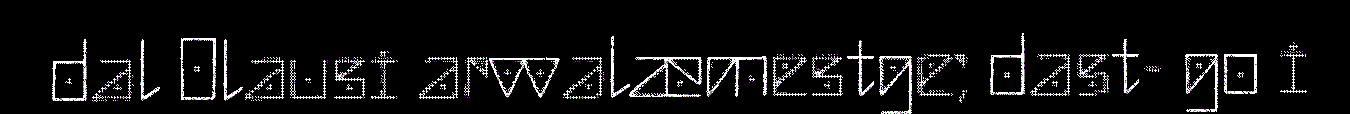
dal Olausi arvvalæmestge; dast- go i